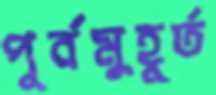
পূর্বমুহূর্ত